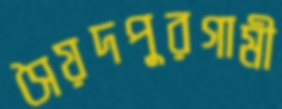
সৈয়দপুরগামী